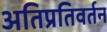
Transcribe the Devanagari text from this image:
अतिप्रतिवर्तन